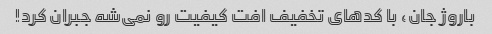
باروژ جان، با کدهای تخفیف افت کیفیت رو نمی‌شه جبران کرد!